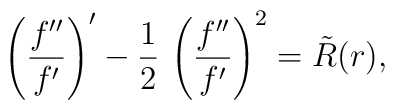
\left( \frac{f''}{f'} \right)' - { 1 \over 2 } \, \left( \frac{f''}{f'}\right)^2 = \tilde{R}(r),